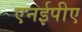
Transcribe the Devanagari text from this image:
एनईपीए